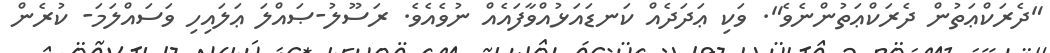
"ދެރަކްޢަތުން ދެރަކްޢަތުންނެވެ". ވަކި ޢަދަދެއް ކަނޑައަޅުއްވާފައެއް ނުވެއެވެ. ރަސޫލު-ޞައްލަ ޢަލައިހި ވަސައްލަމަ- ކުރެން